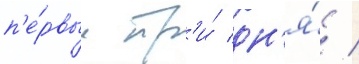
п'е́рвые тр'и́ дн'я́ /